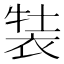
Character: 𧚒